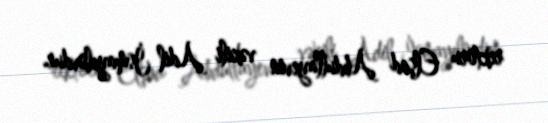
rektoru Elşad Abdullayevin vəkili Adil İsmayılovdur.